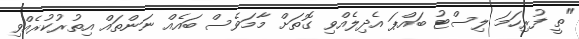
"ތީ ފުރިހަމަ ލިސްޓު ބައްޕަ އެދިލެއްވި ގޮތަށް މާމަވެސް ބައެއް ނަންތައް އިތުރުކުރެއްވި